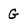
Character: G